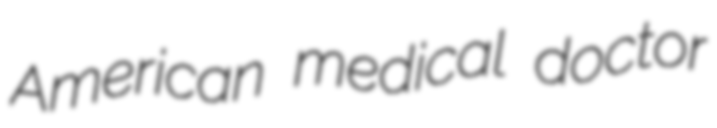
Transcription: American medical doctor